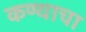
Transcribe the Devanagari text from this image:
कण्याचा